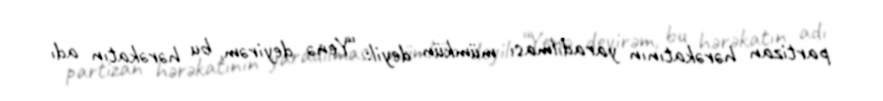
partizan hərəkatının yaradılması mümkün deyil: “Yenə deyirəm, bu hərəkatın adı